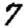
Digit: 7